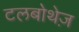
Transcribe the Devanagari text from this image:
टलबोथेज़